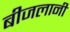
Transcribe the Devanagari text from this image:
बीजलानी